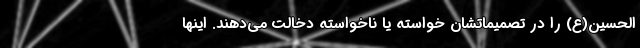
الحسین(ع) را در تصمیماتشان خواسته یا ناخواسته دخالت می‌دهند. اینها